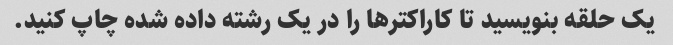
یک حلقه بنویسید تا کاراکترها را در یک رشته داده شده چاپ کنید.